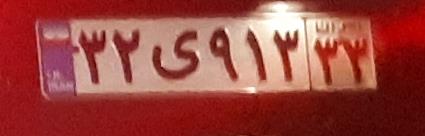
۳۲ی۹۱۳۳۳